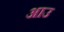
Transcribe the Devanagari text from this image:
आउ